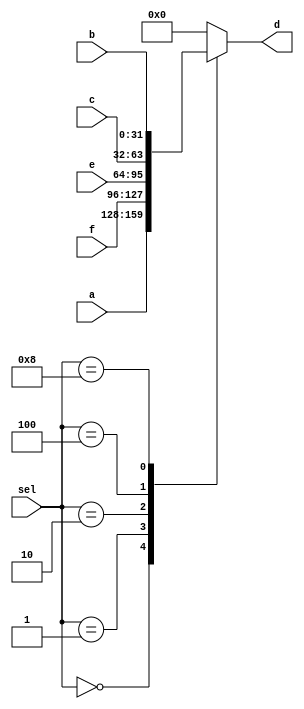
module mux5_32bits(a, b, c, e, f, sel, d);//mux5 32bits module

	input [31:0] a, b, c, e, f;//32-bit inputs
	input [3:0] sel;//4-bit selection
	output [31:0] d;//32-bit output
	reg [31:0]d;//reg d
	
	always@ (a,b,c,e,f,sel) begin//case statements
		case(sel) 
		4'b0000 : d<=a;//if(sel==4'b0000) d<=a
		4'b0001 : d<=f;//if(sel==4'b0001) S3_sel==1, so d<=f
		4'b0010 : d<=e;//if(sel==4'b0010) S2_sel==1, so d<=e
		4'b0100 : d<=c;//if(sel==4'b0100) S1_sel==1, so d<=c
		4'b1000 : d<=b;//if(sel==4'b1000) S0_sel==1, so d<=b
		default: d=32'b0;//default
		endcase//endcase
	end
	
endmodule